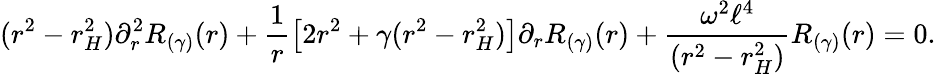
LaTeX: (r^{2}-r_{H}^{2})\partial_{r}^{2}R_{(\gamma)}(r)+\frac{1}{r}\left[2r^{2}+\gamma(r^{2}-r_{H}^{2})\right]\partial_{r}R_{(\gamma)}(r)+\frac{\omega^{2}\ell^{4}}{(r^{2}-r_{H}^{2})}R_{(\gamma)}(r)=0.